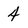
Character: 4